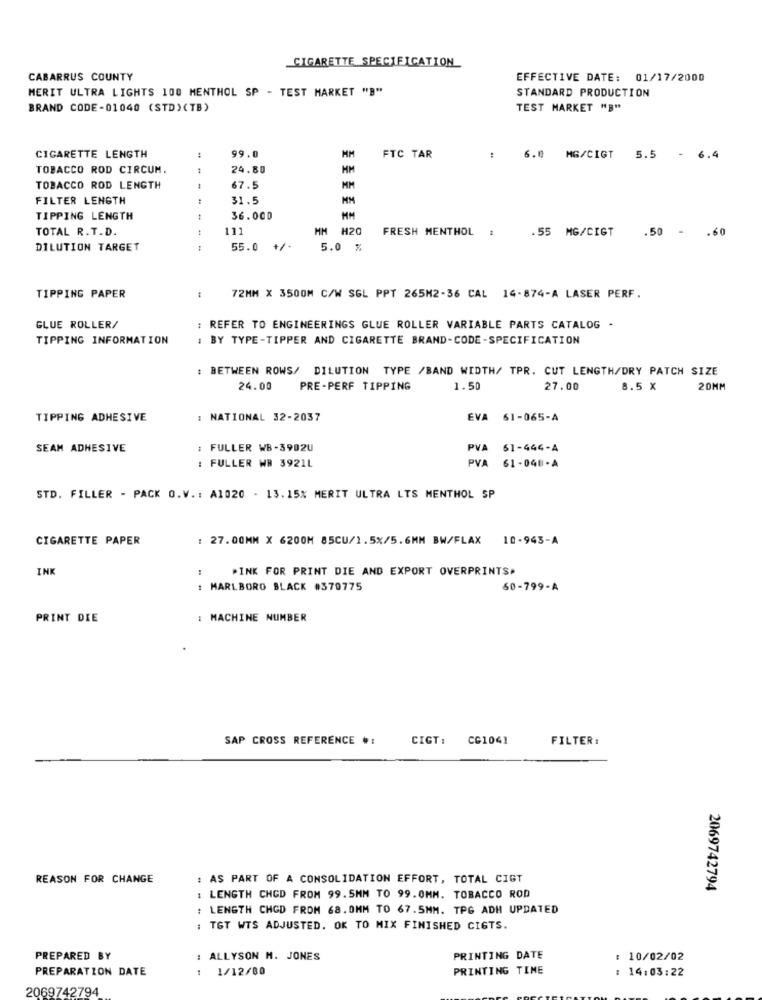
CIGARETTE SPECIFICATION
CABARRUS COUNTY
EFFECTIVE DATE: 01/17/2000
MERIT ULTRA LIGHTS 100 MENTHOL SP - TEST MARKET "B"
STANDARD PRODUCTION
BRAND CODE-01040 (STD) (TB)
TEST MARKET "B"
CIGARETTE LENGTH
99.0
MM
FTC TAR
:
6.8
MG/CIGT 5.5 - 6.4
TOBACCO ROD CIRCUM.
24.80
HM
TOBACCO ROD LENGTH
67.5
MM
FILTER LENGTH
31.5
TIPPING LENGTH
36.000
TOTAL R.T.D.
111
HM H20
FRESH MENTHOL :
.55 MG/CIGT
.50 -
.60
DILUTION TARGET
55.0
+/-
5.0 %
TIPPING PAPER
72MM X 3500M C/W SGL PPT 265M2-36 CAL 14-874-A LASER PERF.
GLUE ROLLER/
: REFER TO ENGINEERINGS GLUE ROLLER VARIABLE PARTS CATALOG -
TIPPING INFORMATION
: BY TYPE-TIPPER AND CIGARETTE BRAND-CODE-SPECIFICATION
: BETWEEN ROWS/ DILUTION TYPE /BAND WIDTH/ TPR. CUT LENGTH/DRY PATCH SIZE
24.00
PRE-PERF TIPPING
1.50
27.00
8.5 X
20MM
TIPPING ADHESIVE
: NATIONAL 32-2037
EVA 61-065-A
SEAM ADHESIVE
: FULLER WB-3902U
PVA 61-444-A
FULLER WB 3921L
PVA 61-048-A
STD. FILLER - PACK O.V .: A1020 - 13.15% MERIT ULTRA LTS MENTHOL SP
CIGARETTE PAPER
: 27.00MM X 6200M 85CU/1.5%/5.6MM BW/FLAX
10-943-A
INK
PINK FOR PRINT DIE AND EXPORT OVERPRINTS>
MARLBORO BLACK #370775
60-799-A
PRINT DIE
: MACHINE NUMBER
SAP CROSS REFERENCE #:
CIGT :
CG1041
FILTER :
REASON FOR CHANGE
: AS PART OF A CONSOLIDATION EFFORT, TOTAL CIGT
2069742794
: LENGTH CHOD FROM 99.5MM TO 99. 0MM. TOBACCO ROD
: LENGTH CHOD FROM 68. 0MM TO 67.5MM. TPG ADH UPDATED
: TGT WTS ADJUSTED. OK TO MIX FINISHED CIGTS.
PREPARED BY
: ALLYSON M. JONES
PRINTING DATE
: 10/02/02
PREPARATION DATE
1/12/00
PRINTING TIME
: 14:03:22
2069742794